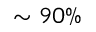
\sim 9 0 \%